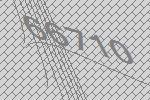
66710